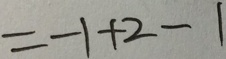
= - 1 + 2 - 1